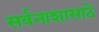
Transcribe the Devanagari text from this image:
सर्वनाशासाठे